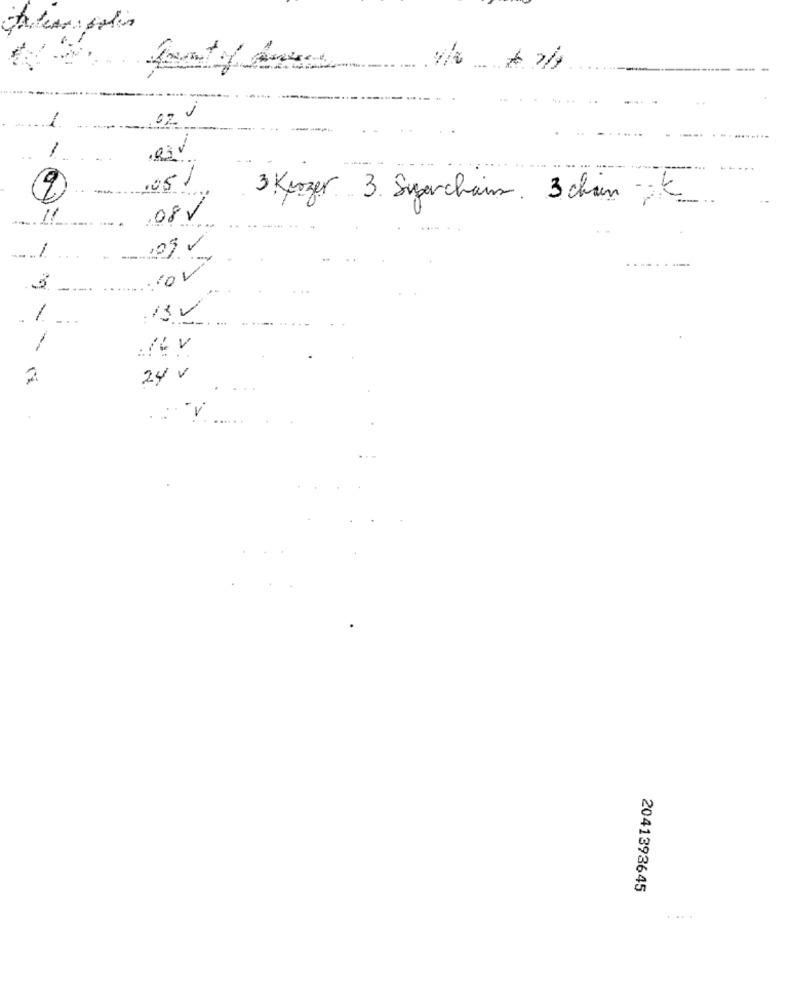
1
1
.05/
3 Kurzer 3 Sigerchans 3 chain DE_
08
3
1
13
24 v
2041393645